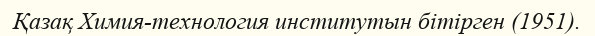
Қазақ Химия-технология институтын бітірген (1951).